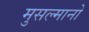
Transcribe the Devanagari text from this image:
मुसल्मानो